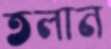
তলান